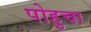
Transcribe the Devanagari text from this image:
पोहुचा